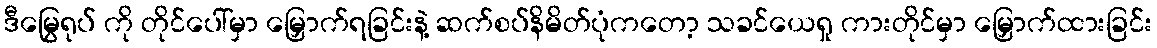
ဒီမြွေရုပ် ကို တိုင်ပေါ်မှာ မြှောက်ရခြင်းနဲ့ ဆက်စပ်နိမိတ်ပုံကတော့ သခင်ယေရှု ကားတိုင်မှာ မြှောက်ထားခြင်း